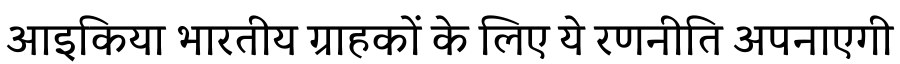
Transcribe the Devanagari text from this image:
आइकिया भारतीय ग्राहकों के लिए ये रणनीति अपनाएगी